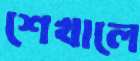
শেখালে